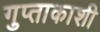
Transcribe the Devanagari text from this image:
गुप्‍ताकाशी